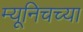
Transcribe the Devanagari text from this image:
म्यूनिचच्या